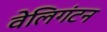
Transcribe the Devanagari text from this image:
वेलिगंटन